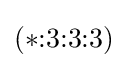
(*{:}3{:}3{:}3)